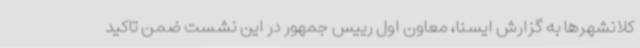
کلانشهرها به گزارش ایسنا، معاون اول رییس جمهور در این نشست ضمن تاکید